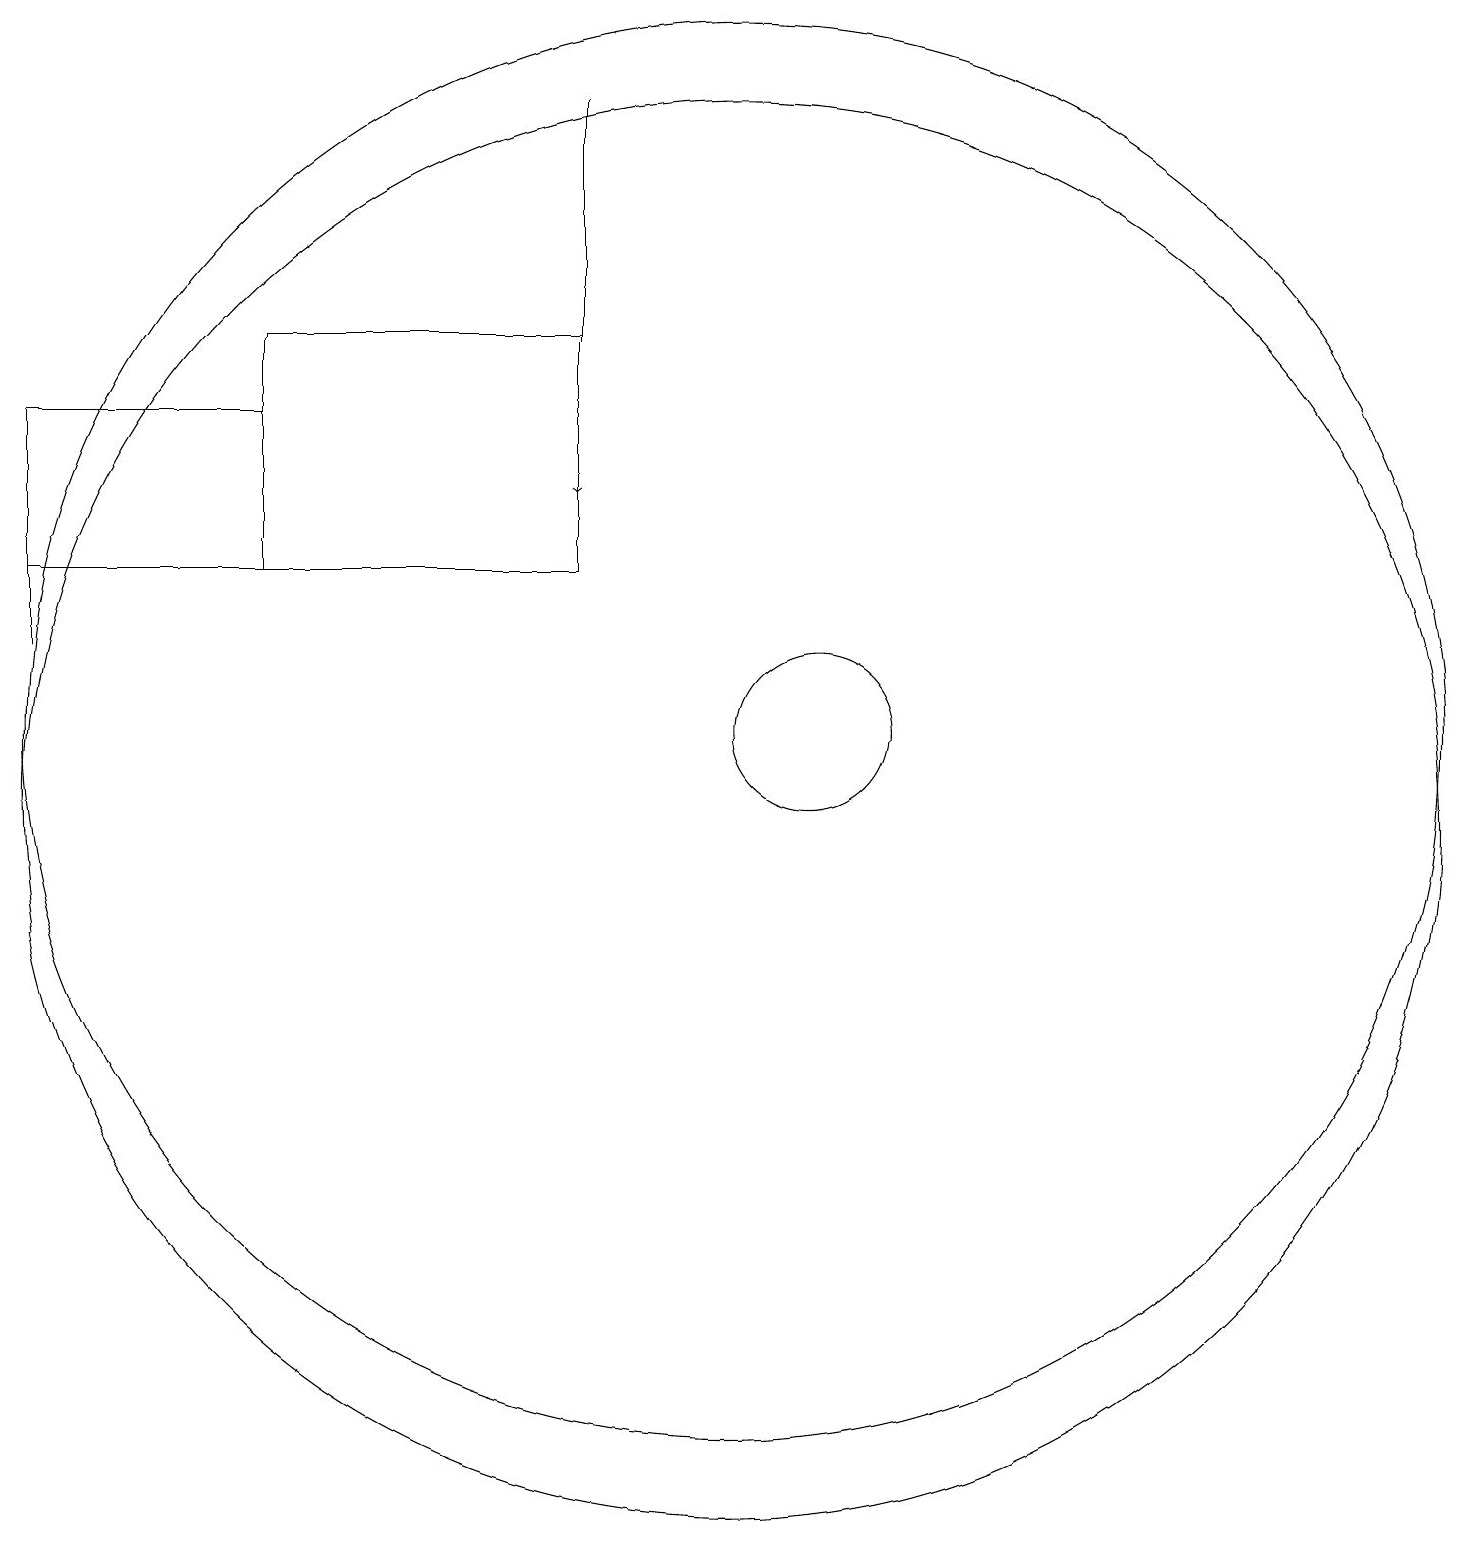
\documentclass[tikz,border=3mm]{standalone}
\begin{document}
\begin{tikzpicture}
\draw (1,13) rectangle (4,15);
\draw (4,16) rectangle (8,13);
\draw (10,11) circle (9);
\draw (1,12) rectangle (1,14);
\draw[->] (8,19) -- (8,14);
\draw (10,10) circle (9);
\draw (1,13) rectangle (1,12);
\draw (11,11) circle (1);
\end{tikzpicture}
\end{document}